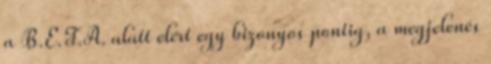
a B.E.T.A. alatt elért egy bizonyos pontig, a megjelenés